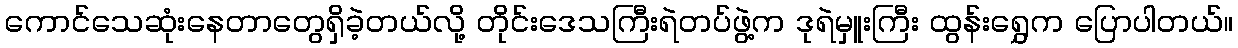
ကောင်သေဆုံးနေတာတွေရှိခဲ့တယ်လို့ တိုင်းဒေသကြီးရဲတပ်ဖွဲ့က ဒုရဲမှူးကြီး ထွန်းရွှေက ပြောပါတယ်။